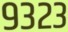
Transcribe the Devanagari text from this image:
९३२३